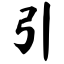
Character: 引